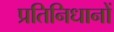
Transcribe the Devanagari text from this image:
प्रतिनिधानों